Newspaper: The western sentinel. [volume]
Place of publication: Winston-Salem, N.C.
Publisher: Vernon W. Long
Date: 1890-10-30 00:00:00
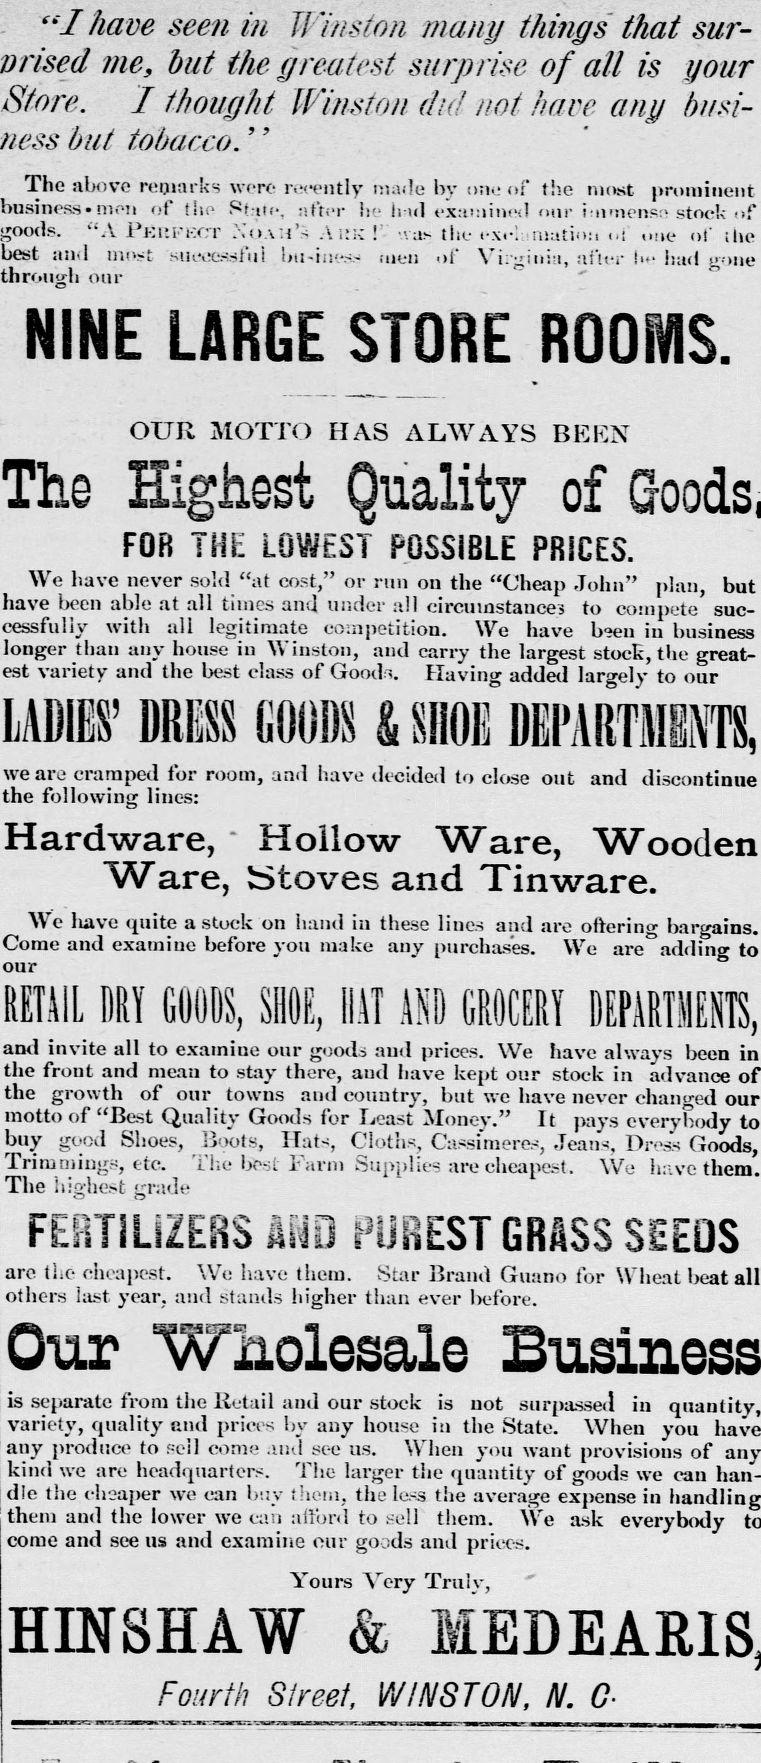
Advertisement text (OCR):
SiI have seen in Winston many things that sur prised me, but the greatest surprise of all is your Store. I thought Winston did not have any busi ness but tobacco. " The above reniarks wore recently made by one of the most prominent business .moii of the Rfrtic, ntti'i- he h id examines! our i:iimenso stock of goods. "A Pkufkct Xiiah's A UK ! - was the -..v..natin:i of una of the best and mnt siuvosftil bu-im'-vi tot-n of Vi;giniu, aftfr lw had oone through our ' ' NINE LARGE STORE ROOMS. Th OUR MOTTO HAS ALWAYS BERN Highest Quality of C FOB THE LOWEST POSSIBLE PRICES. We have never sold "at cost," or run on the "Cheap John" plan, but have been able at all times and. under all eircmnstauces to compete suc cessfully with all legitimate competition. We have been in business longer than any house in Winston, and carry the largest stocE, the great est variety and the best class of Good. Having added largely to our LADIES' DRESS GOODS & SHOE DEPARTMENTS, we are cramped for room, and have decided to close out and discontinue the following lines: Hardware, Hollow Ware, Wooden Ware, iStoves and Tinware. We liave quite a stock on hand in these lines and are ottering bargains. Come and examine before you make any purchases. We are addino- to our RETAIL DRY GOODS, Ml, HAT AID GROCERY DEPARTMENTS, and invite all to examine our goods and prices. We have always been in the front and mean to stay there, and have kept our stock in advance the growth of our towns and country, but we have never chano-ed our motto ot "Uest (Quality lioods tor Jjeast Money." It pays everybody to buy good Shoes, Boots, Hats, Cloths, Cassimeres, Jeans, Dross Goods, Trim ming.s, etc. The best Farm Supplies are cheapest. We h:vethem. The highest jrrade FERTILIZERS MiD PUREST GRASS SEEDS are the cheapest. We have them. Star Brand Guano for Wheat beat all others last year, and stands higher than ever before. Our Wholesale is separate from the Retail and our stock is not surpassed in quantity, variety, quality and prices by any house in the State. When you any produce to sell come and see us. When you want provisions of kind we are headquarters. The larger the quantity of goods we can han dle the cheaper we can buy them, the lass the average expense in them and the lower we can afford to sell them. We ask everybody come and see us and examine our goods and prices. Yours Very Trulv, " HINSHAW & Fourth Street, WINSTON, N. G-
Label: text-only